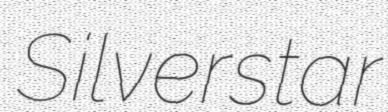
Silverstar